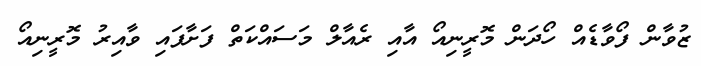
ޒުވާން ފޯވާޑެއް ހޯދަން މޮރީނިއޯ އާއި ރެއާލް މަސައްކަތް ފަށާފައި ވާއިރު މޮރީނިއޯ